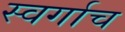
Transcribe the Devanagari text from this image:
स्वर्गाच